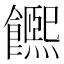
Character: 𩟄